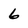
Character: 6